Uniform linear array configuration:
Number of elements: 48
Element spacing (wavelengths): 1
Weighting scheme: kaiser
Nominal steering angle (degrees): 60
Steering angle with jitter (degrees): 58.365
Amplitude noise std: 0.05
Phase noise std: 0.05

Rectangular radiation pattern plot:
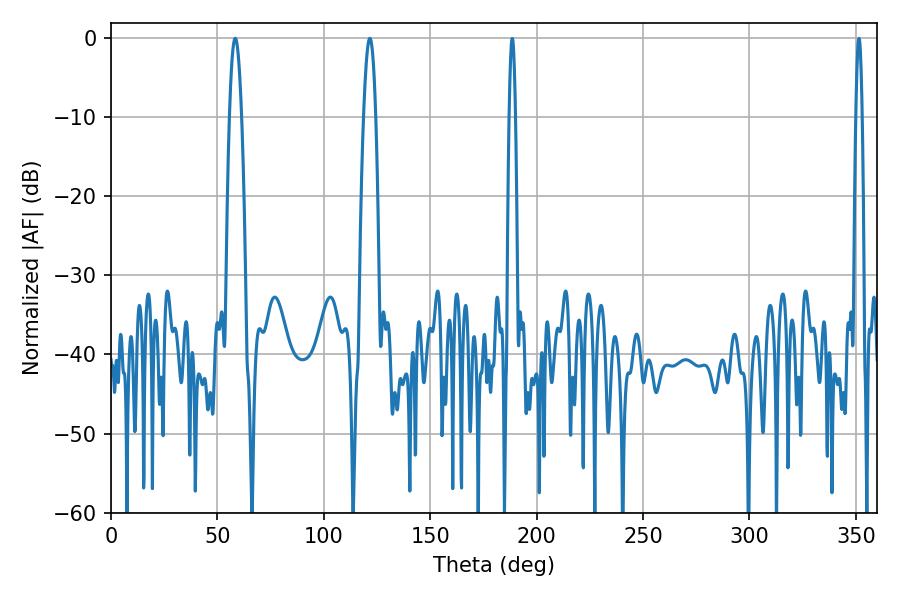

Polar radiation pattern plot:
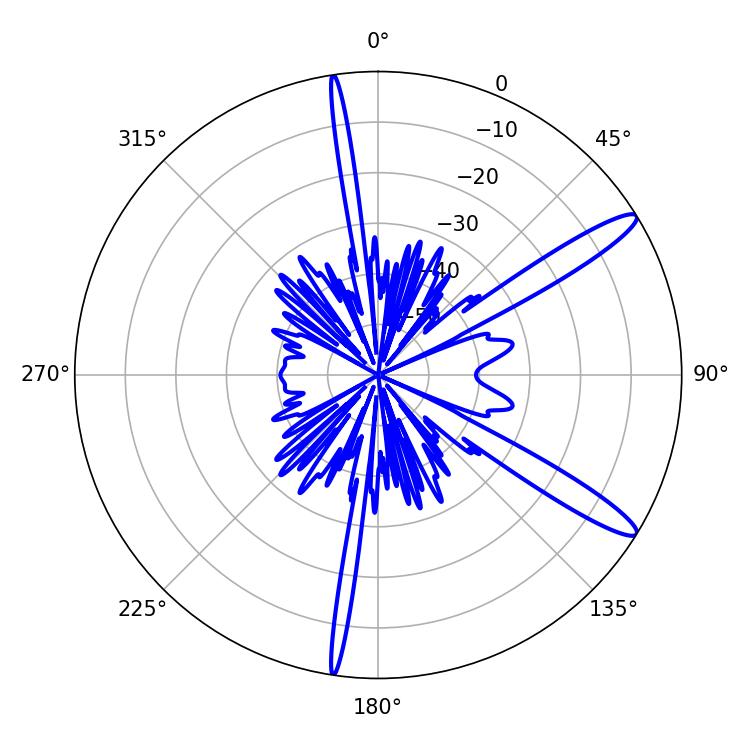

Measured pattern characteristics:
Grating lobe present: TRUE
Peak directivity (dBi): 13.349
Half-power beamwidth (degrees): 3.06
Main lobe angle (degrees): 58.32